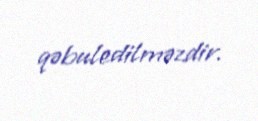
qəbuledilməzdir.